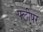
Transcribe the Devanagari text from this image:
फ्लीषर